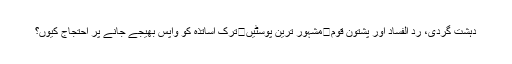
دہشت گردی، رد الفساد اور پشتون قوم	مشہور ترین پوسٹیں	ترک اساتذہ کو واپس بھیجے جانے پر احتجاج کیوں؟